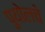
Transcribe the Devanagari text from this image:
पुयोलचे